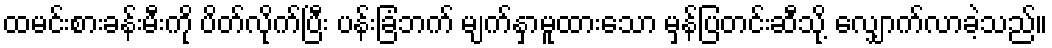
ထမင်းစားခန်းမီးကို ပိတ်လိုက်ပြီး ပန်းခြံဘက် မျက်နှာမူထားသော မှန်ပြတင်းဆီသို့ လျှောက်လာခဲ့သည်။